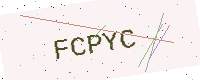
Text: FCPYC